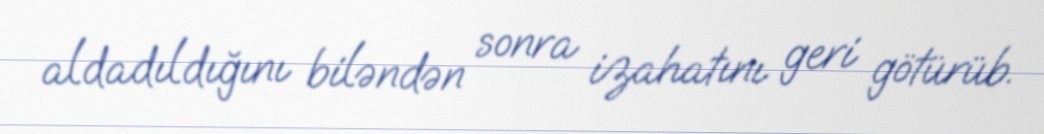
aldadıldığını biləndən sonra izahatını geri götürüb.